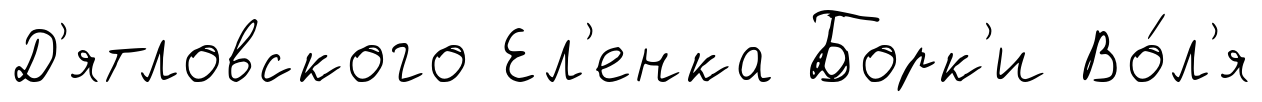
Д'ятловского Ел'енка Борк'и Во́л'я